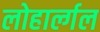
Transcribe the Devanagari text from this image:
लोहार्ल्गल